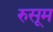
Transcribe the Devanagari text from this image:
रुसूम